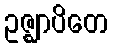
ဥဇ္ဈာပိတေ